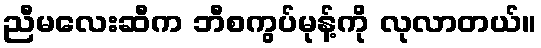
ညီမလေးဆီက ဘီစကွပ်မုန့်ကို လုလာတယ်။